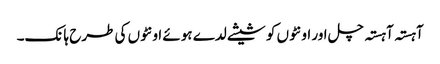
آہستہ آہستہ چل اور اونٹوں کو شیشے لدے ہوئے اونٹوں کی طرح ہانک۔